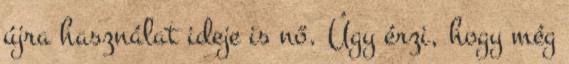
újra használat ideje is nő. Úgy érzi, hogy még